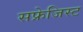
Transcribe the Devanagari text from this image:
सफ्रेजिस्ट